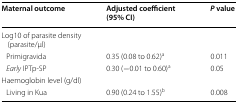
| Maternal outcome | Adjusted coefficient (95% CI) | P value |
 | --- | --- | --- |
 | Log10 of parasite density (parasite/μl) |  |  |
 | Primigravida | 0.35 (0.08 to 0.62)a | 0.011 |
 | Early IPTp-SP | 0.30 (−0.01 to 0.60)a | 0.05 |
 | Haemoglobin level (g/dl) |  |  |
 | Living in Kua | 0.90 (0.24 to 1.55)b | 0.008 |